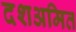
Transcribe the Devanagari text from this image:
दशअमित